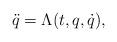
LaTeX: \begin{align*} \ddot q=\Lambda(t,q,\dot q),\end{align*}